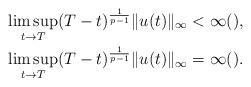
LaTeX: \begin{align*} \limsup_{t\to T}(T-t)^\frac{1}{p-1}\|u(t)\|_\infty &<\infty (), \\ \limsup_{t\to T}(T-t)^\frac{1}{p-1}\|u(t)\|_\infty &=\infty (). \end{align*}